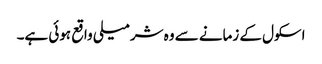
اسکول کے زمانے سے وہ شرمیلی واقع ہوئی ہے۔